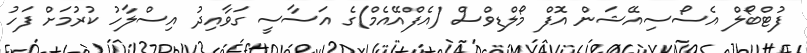
ފުޓްބޯލް އެސޯސިއޭޝަން އޮފް މޯލްޑިވްސް (އެފްއޭއެމް)ގެ އަސާސީ ގަވާއިދު އިސްލާހު ކުރުމަށް ފަހު